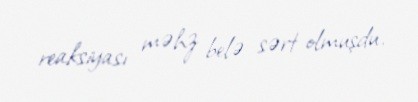
reaksiyası məhz belə sərt olmuşdu.